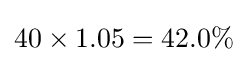
40\times 1.05=42.0\%